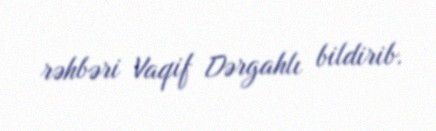
rəhbəri Vaqif Dərgahlı bildirib.